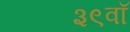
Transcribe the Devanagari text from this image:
३९वाँ